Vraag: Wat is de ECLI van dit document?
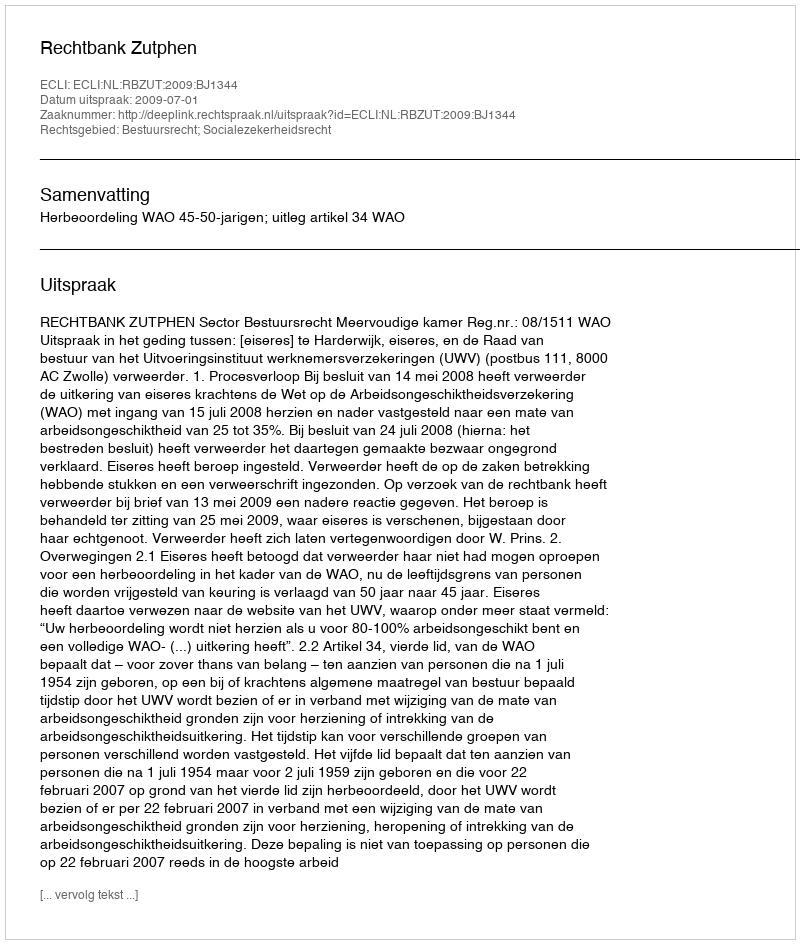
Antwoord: ECLI:NL:RBZUT:2009:BJ1344